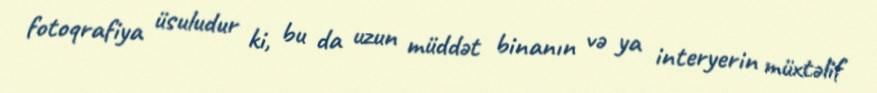
fotoqrafiya üsuludur ki, bu da uzun müddət binanın və ya interyerin müxtəlif